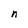
Character: n